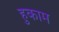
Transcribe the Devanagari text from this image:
हुकाम